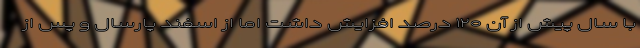
با سال پیش از آن ۱۲۰ درصد افزایش داشت اما از اسفند پارسال و پس از